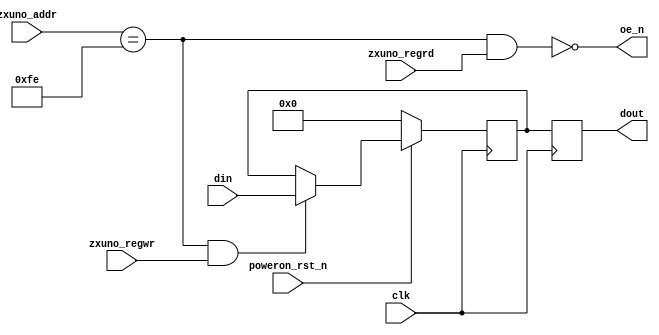
module scratch_register(
    input wire clk,
    input wire poweron_rst_n,
    input wire [7:0] zxuno_addr,
    input wire zxuno_regrd,
    input wire zxuno_regwr,
    input wire [7:0] din,
    output reg [7:0] dout,
    output wire oe_n
    );

    parameter SCRATCH = 8'hFE;
    
    assign oe_n = ~(zxuno_addr == SCRATCH && zxuno_regrd == 1'b1);
    reg [7:0] scratch = 8'h00;  // initial value
    always @(posedge clk) begin
        if (poweron_rst_n == 1'b0)
            scratch <= 8'h00;  // or after a hardware reset (not implemented yet)
        else if (zxuno_addr == SCRATCH && zxuno_regwr == 1'b1)
            scratch <= din;
        dout <= scratch;
    end
endmodule